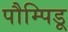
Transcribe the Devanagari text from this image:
पौम्पिडू